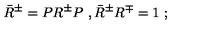
{ \bar { R } } ^ { \pm } = P R ^ { \pm } P \ , { \bar { R } } ^ { \pm } R ^ { \mp } = 1 \ ;